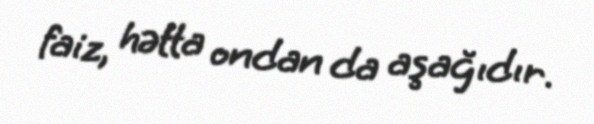
faiz, hətta ondan da aşağıdır.